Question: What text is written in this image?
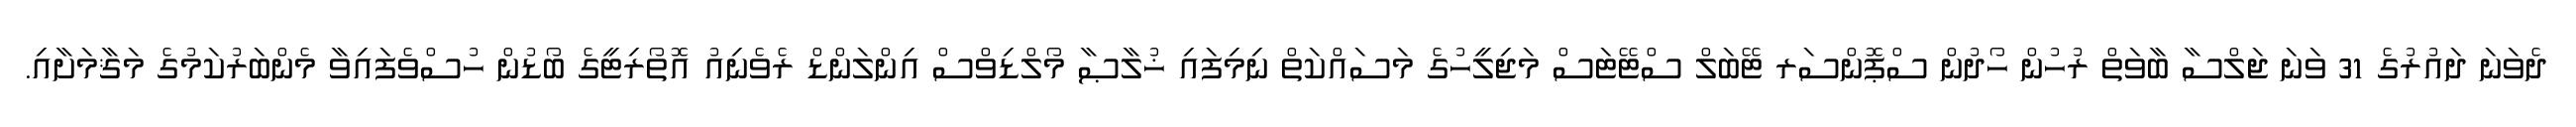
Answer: ދެވަނަ ދައުރުގެ 31 ވަނަ ޖަލްސާ ބާވަތް ރުހުން ހޯދުން ސްޕޮންސަރ ޓޭބަލް ސްޓޭޓަސް މަޖިލީހުގެ މަސައްކަތް ނިމިފައި ޚުލާޞާ މޯލްޑިވްސް އިންލަންޑް ރެވެނިއު އޮތޯރިޓީގެ ބޯޑުން ހުސްވެފައިވާ މެންބަރުކަމުގެ މަޤާމަށާއި.